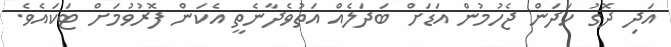
އަދި ދޮގު ހަދަން ޖެހުމުން އަޑަށް ބަދަލެއް އަތުވެދާނެތީ އެކަން ފޮރުވުމަށް ޓަކައެވެ.